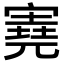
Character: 𡪩